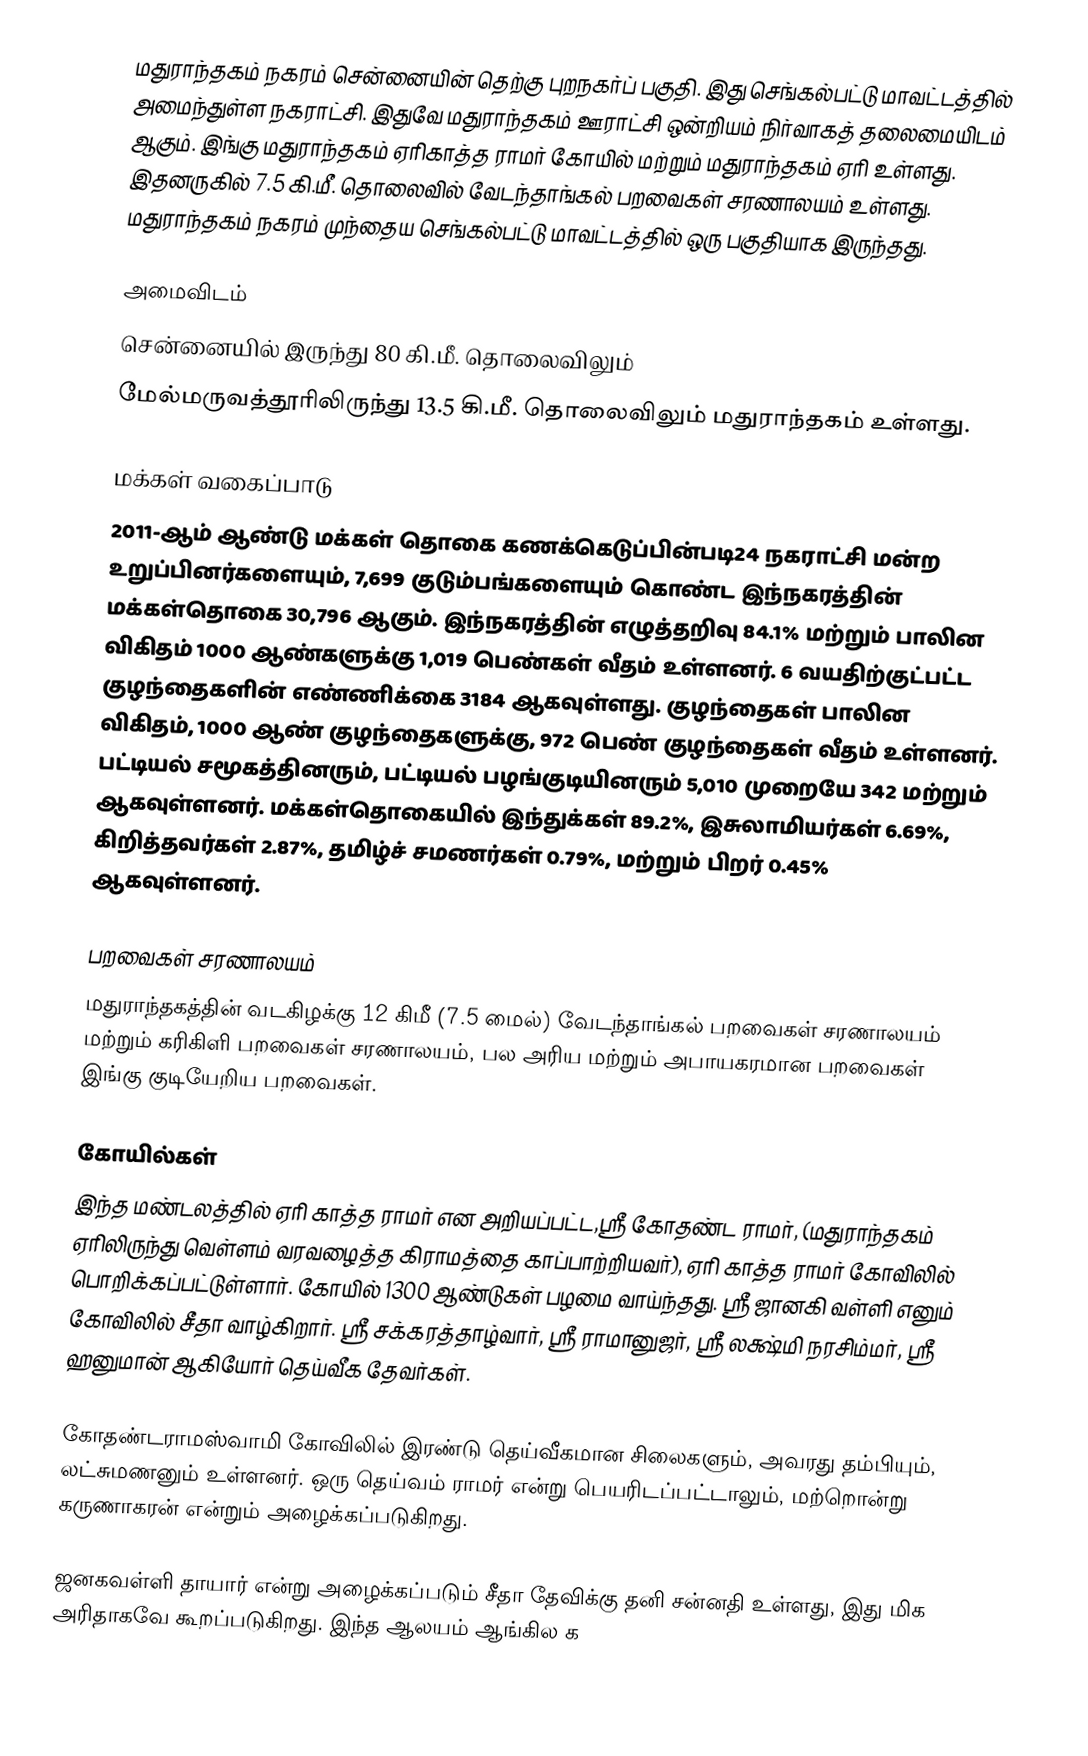
மதுராந்தகம் நகரம் சென்னையின் தெற்கு புறநகர்ப் பகுதி. இது செங்கல்பட்டு மாவட்டத்தில் அமைந்துள்ள நகராட்சி. இதுவே மதுராந்தகம் ஊராட்சி ஒன்றியம் நிர்வாகத் தலைமையிடம் ஆகும். இங்கு மதுராந்தகம் ஏரிகாத்த ராமர் கோயில் மற்றும் மதுராந்தகம் ஏரி உள்ளது. இதனருகில் 7.5 கி.மீ. தொலைவில் வேடந்தாங்கல் பறவைகள் சரணாலயம் உள்ளது. மதுராந்தகம் நகரம் முந்தைய செங்கல்பட்டு மாவட்டத்தில் ஒரு பகுதியாக இருந்தது.

அமைவிடம்
 சென்னையில் இருந்து 80 கி.மீ. தொலைவிலும்
மேல்மருவத்தூரிலிருந்து 13.5 கி.மீ. தொலைவிலும் மதுராந்தகம் உள்ளது.

மக்கள் வகைப்பாடு
2011-ஆம் ஆண்டு மக்கள் தொகை கணக்கெடுப்பின்படி24 நகராட்சி மன்ற உறுப்பினர்களையும், 7,699 குடும்பங்களையும் கொண்ட இந்நகரத்தின் மக்கள்தொகை 30,796 ஆகும். இந்நகரத்தின் எழுத்தறிவு 84.1% மற்றும் பாலின விகிதம் 1000 ஆண்களுக்கு 1,019 பெண்கள் வீதம் உள்ளனர். 6 வயதிற்குட்பட்ட குழந்தைகளின்  எண்ணிக்கை 3184 ஆகவுள்ளது. குழந்தைகள் பாலின விகிதம், 1000 ஆண் குழந்தைகளுக்கு, 972  பெண் குழந்தைகள் வீதம் உள்ளனர். பட்டியல் சமூகத்தினரும், பட்டியல் பழங்குடியினரும் 5,010 முறையே 342 மற்றும் ஆகவுள்ளனர். மக்கள்தொகையில் இந்துக்கள் 89.2%,  இசுலாமியர்கள் 6.69%, கிறித்தவர்கள் 2.87%, தமிழ்ச் சமணர்கள் 0.79%, மற்றும் பிறர் 0.45% ஆகவுள்ளனர்.

பறவைகள் சரணாலயம்
மதுராந்தகத்தின் வடகிழக்கு 12 கிமீ (7.5 மைல்) வேடந்தாங்கல் பறவைகள் சரணாலயம் மற்றும் கரிகிளி பறவைகள் சரணாலயம், பல அரிய மற்றும் அபாயகரமான பறவைகள் இங்கு குடியேறிய பறவைகள்.

கோயில்கள்
இந்த மண்டலத்தில் ஏரி காத்த ராமர் என அறியப்பட்ட,ஸ்ரீ கோதண்ட ராமர்,   (மதுராந்தகம் ஏரிலிருந்து வெள்ளம் வரவழைத்த கிராமத்தை காப்பாற்றியவர்), ஏரி காத்த ராமர்  கோவிலில் பொறிக்கப்பட்டுள்ளார். கோயில் 1300 ஆண்டுகள் பழமை வாய்ந்தது. ஸ்ரீ ஜானகி வள்ளி எனும் கோவிலில் சீதா வாழ்கிறார். ஸ்ரீ சக்கரத்தாழ்வார், ஸ்ரீ ராமானுஜர், ஸ்ரீ லக்ஷ்மி நரசிம்மர், ஸ்ரீ ஹனுமான் ஆகியோர் தெய்வீக தேவர்கள்.

கோதண்டராமஸ்வாமி கோவிலில் இரண்டு தெய்வீகமான சிலைகளும், அவரது தம்பியும், லட்சுமணனும் உள்ளனர். ஒரு தெய்வம் ராமர் என்று பெயரிடப்பட்டாலும், மற்றொன்று கருணாகரன் என்றும் அழைக்கப்படுகிறது.

ஜனகவள்ளி தாயார் என்று அழைக்கப்படும் சீதா தேவிக்கு தனி சன்னதி உள்ளது, இது மிக அரிதாகவே கூறப்படுகிறது. இந்த ஆலயம் ஆங்கில க